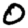
Digit: 0